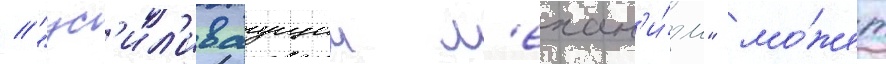
// "ус'ил'иваущии м'ехан'и́зм" мо́жет